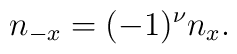
n_{-x}=(-1)^{\nu}n_{x}.